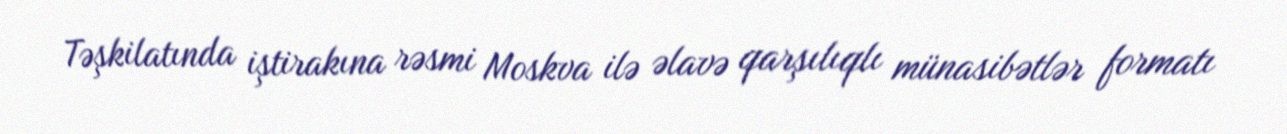
Təşkilatında iştirakına rəsmi Moskva ilə əlavə qarşılıqlı münasibətlər formatı